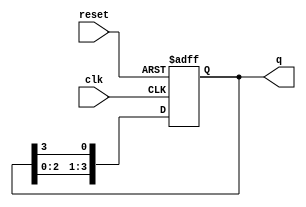
module ring_counter #(
    parameter N = 4  // Number of flip-flops in the ring counter
) (
    input wire clk,   // Clock input
    input wire reset, // Active-high reset input
    output reg [N-1:0] q // Output representing the state of the ring counter
);

// Always block that runs on the rising edge of the clock or when reset is asserted
always @(posedge clk or posedge reset) begin
    if (reset) begin
        // Reset logic: Set the initial state to '100...0'
        q <= 1'b1 << (N-1); // Set the highest bit to 1 and all others to 0
    end else begin
        // Shift the '1' around the ring
        q <= {q[N-2:0], q[N-1]}; // Shift left and feed back the last bit
    end
end

endmodule